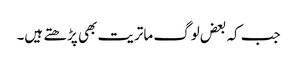
جب کہ بعض لوگ ماتریت بھی پڑھتے ہیں۔